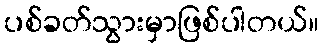
ပစ်ခတ်သွားမှာဖြစ်ပါတယ်။